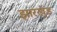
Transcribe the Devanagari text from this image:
झारख्ंड